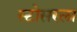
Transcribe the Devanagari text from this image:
स्टोसरला